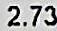
2.73